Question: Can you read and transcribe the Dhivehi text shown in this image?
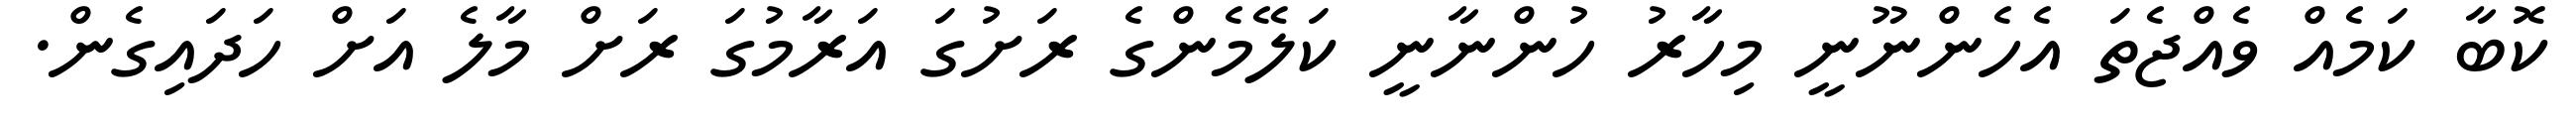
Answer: ކޮބާ ކަމެއް ވެއްޖެތަ އެހެންނޫނީ މިހާރު ހުންނާނީ ކަލޭމެންގެ ރަށުގަ އަރާމުގަ ރަށް މާލެ އަށް ހަދައިގެން.